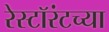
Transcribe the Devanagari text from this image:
रेस्टॉरंटच्या